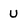
Character: U